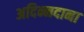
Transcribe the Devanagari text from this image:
अदिन्नदाना